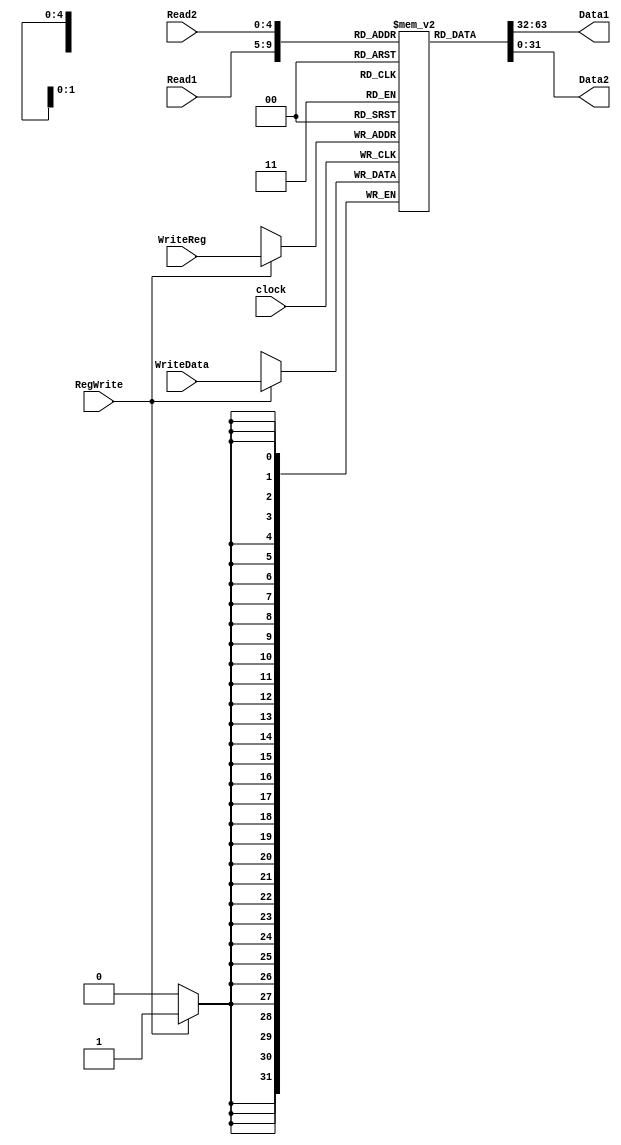
module registers (Read1, Read2, WriteReg, WriteData, RegWrite, Data1, Data2, clock);
	input [4:0] Read1, Read2, WriteReg; // os nmeros dos registradores para leitura e escrita
	input [31:0] WriteData; // dados para escrever
	input RegWrite, // O controle de escrita
	clock; // o clock para acionar a escrita
	output [31:0] Data1, Data2; // os valores dos registradores lidos
	reg [31:0] RF [31:0]; // 32 registradores cada um com 32 bits
	initial begin
		RF[17] = 3'b011;
		RF[18] = 3'b010;
	end
	assign Data1 = RF[Read1];
	assign Data2 = RF[Read2];
	always @(posedge clock) begin
	if (RegWrite) 
		RF[WriteReg] <= WriteData;
	end
endmodule